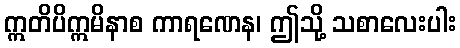
ဣတိပိဣမိနာစ ကာရဏေန၊ ဤသို့ သစာလေးပါး